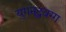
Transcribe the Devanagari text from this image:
युगनद्धवग्ग